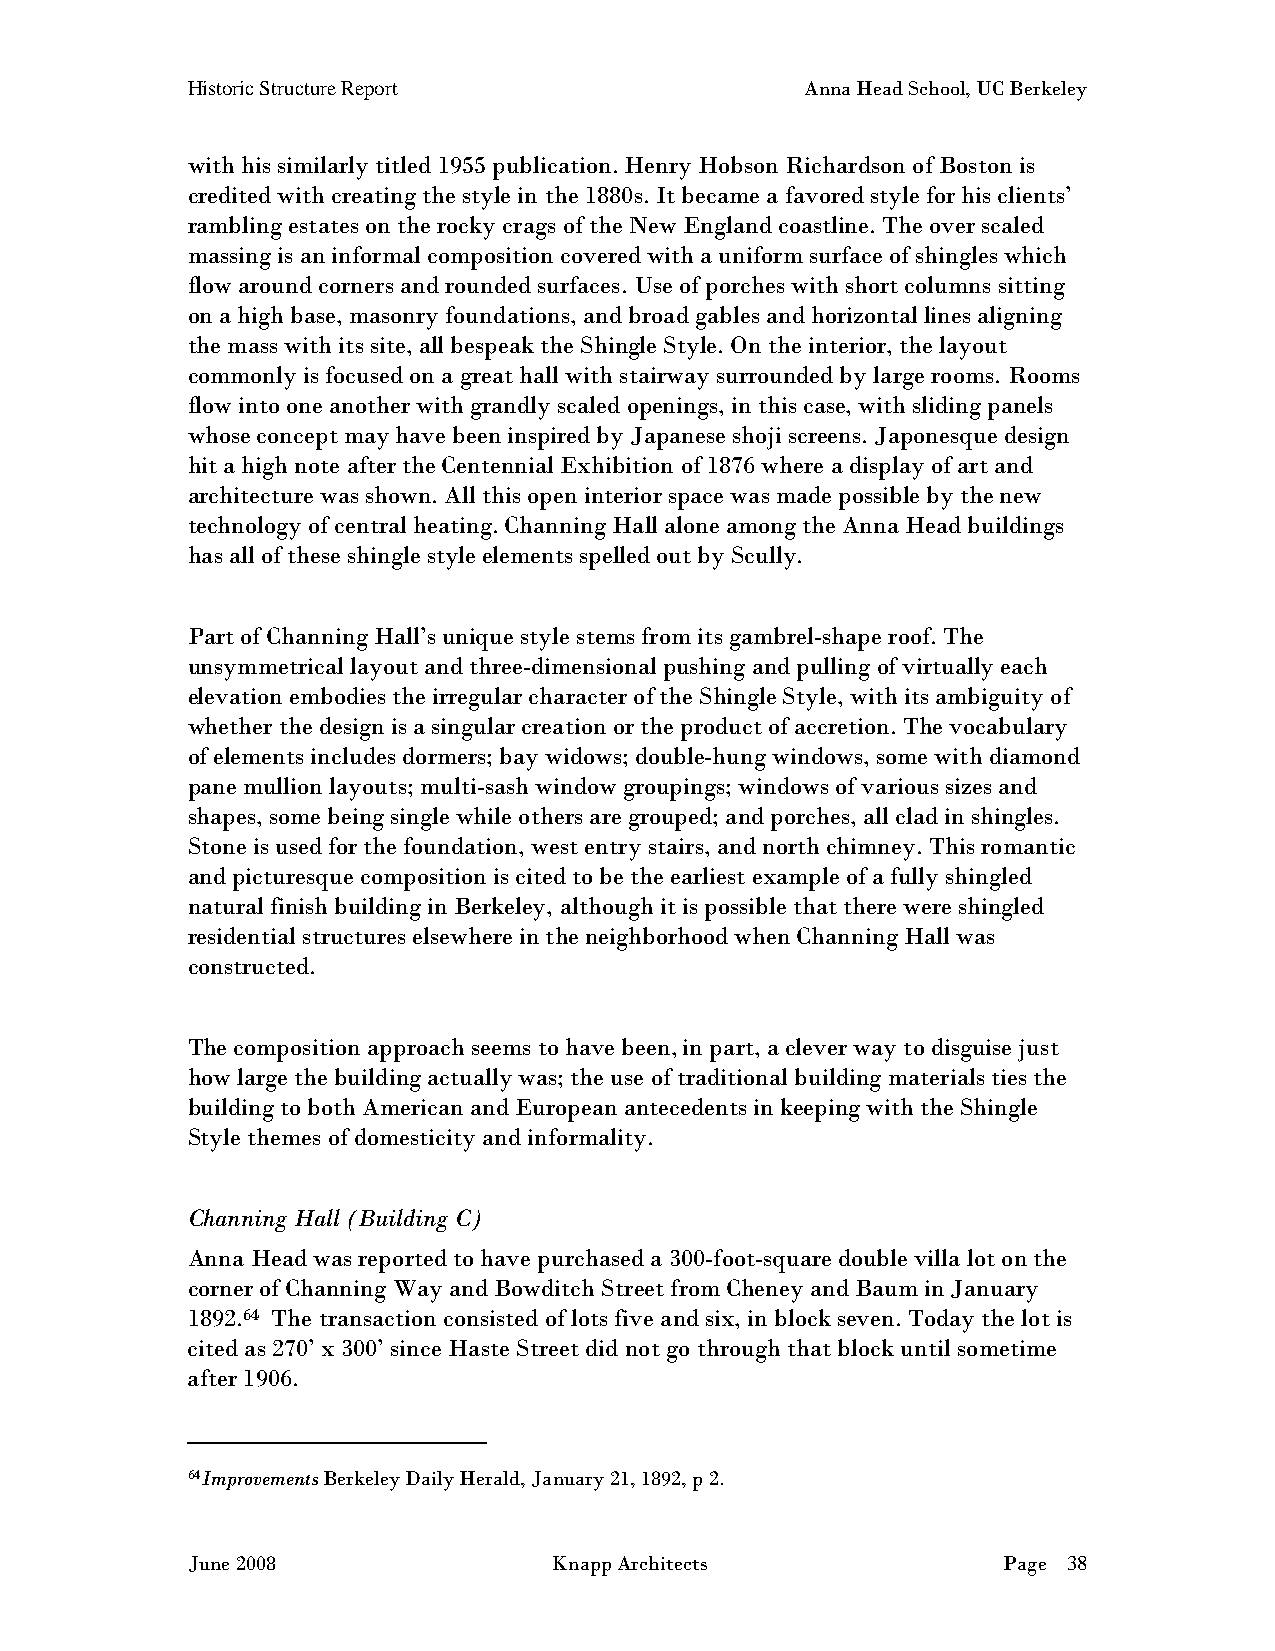
Historic Structure Report                Anna Head School, UC Berkeley
 with his similarly titled 1955 publication. Henry Hobson Richardson of Boston is
 credited with creating the style in the 1880s. It became a favored style for his clients’
 rambling estates on the rocky crags of the New England coastline. The over scaled
 massing is an informal composition covered with a uniform surface of shingles which
 flow around corners and rounded surfaces. Use of porches with short columns sitting
 on a high base, masonry foundations, and broad gables and horizontal lines aligning
 the mass with its site, all bespeak the Shingle Style. On the interior, the layout
 commonly is focused on a great hall with stairway surrounded by large rooms. Rooms
 flow into one another with grandly scaled openings, in this case, with sliding panels
 whose concept may have been inspired by Japanese shoji screens. Japonesque design
 hit a high note after the Centennial Exhibition of 1876 where a display of art and
 architecture was shown. All this open interior space was made possible by the new
 technology of central heating. Channing Hall alone among the Anna Head buildings
 has all of these shingle style elements spelled out by Scully.
 Part of Channing Hall’s unique style stems from its gambrel-shape roof. The
 unsymmetrical layout and three-dimensional pushing and pulling of virtually each
 elevation embodies the irregular character of the Shingle Style, with its ambiguity of
 whether the design is a singular creation or the product of accretion. The vocabulary
 of elements includes dormers; bay widows; double-hung windows, some with diamond
 pane mullion layouts; multi-sash window groupings; windows of various sizes and
 shapes, some being single while others are grouped; and porches, all clad in shingles.
 Stone is used for the foundation, west entry stairs, and north chimney. This romantic
 and picturesque composition is cited to be the earliest example of a fully shingled
 natural finish building in Berkeley, although it is possible that there were shingled
 residential structures elsewhere in the neighborhood when Channing Hall was
 constructed.
 The composition approach seems to have been, in part, a clever way to disguise just
 how large the building actually was; the use of traditional building materials ties the
 building to both American and European antecedents in keeping with the Shingle
 Style themes of domesticity and informality.
 Channing Hall (Building C)
 Anna Head was reported to have purchased a 300-foot-square double villa lot on the
 corner of Channing Way and Bowditch Street from Cheney and Baum in January
 1892.64 The transaction consisted of lots five and six, in block seven. Today the lot is
 cited as 270’ x 300’ since Haste Street did not go through that block until sometime
 after 1906.
 64Improvements Berkeley Daily Herald, January 21, 1892, p 2.
 June 2008                Knapp Architects             Page 38